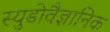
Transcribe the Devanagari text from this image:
स्युडोवैज्ञानिक